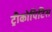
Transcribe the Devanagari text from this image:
ट्रीकोपिटिस